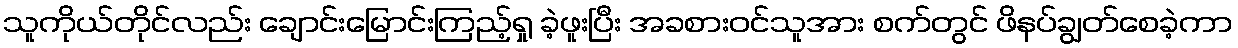
သူကိုယ်တိုင်လည်း ချောင်းမြောင်းကြည့်ရှု ခဲ့ဖူးပြီး အခစားဝင်သူအား စက်တွင် ဖိနပ်ချွတ်စေခဲ့ကာ